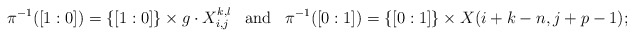
\begin{align*}\pi^{-1}([1 : 0]) = \{[1:0]\} \times g \cdot X_{i,j}^{k,l} && \mathrm{and} &&\pi^{-1}([0: 1])=\{[0:1]\} \times X(i+k-n,j+p-1); \end{align*}